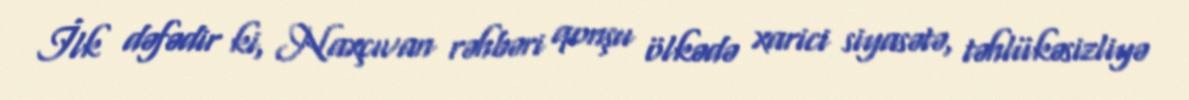
İlk dəfədir ki, Naxçıvan rəhbəri qonşu ölkədə xarici siyasətə, təhlükəsizliyə